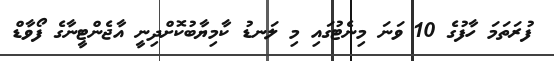
ފުރަތަމަ ހާފުގެ 10 ވަނަ މިނެޓުގައި މި ލަނޑު ކާމިޔާބުކޮށްދިނީ އާޖެންޓީނާގެ ފޯވާޑް